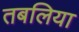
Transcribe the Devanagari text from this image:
तबलिया